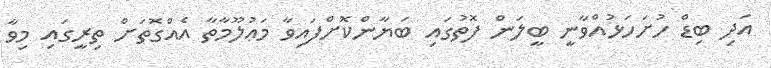
އަދި ބިޑް ހުށަހަޅުއްވާނީ ބީލަން ފޮތުގައި ބަޔާންކޮށްފައިވާ މަޢުލޫމާތާ އެއްގޮތަށް ތިރީގައި މިވާ